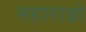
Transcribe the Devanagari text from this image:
महाराज्ञो